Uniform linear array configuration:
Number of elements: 32
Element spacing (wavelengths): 0.75
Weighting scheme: kaiser
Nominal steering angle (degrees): -45
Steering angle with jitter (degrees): -44.098
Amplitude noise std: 0.05
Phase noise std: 0.05

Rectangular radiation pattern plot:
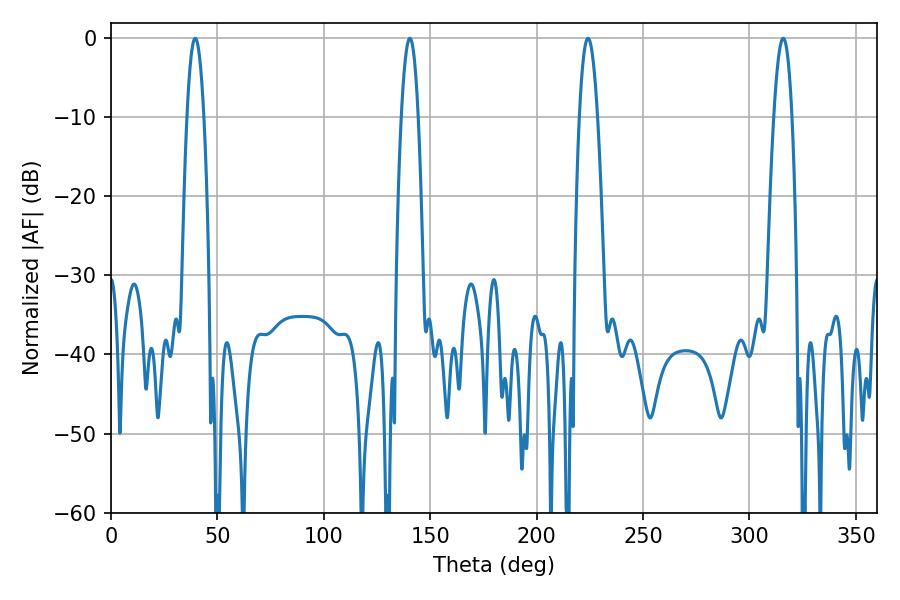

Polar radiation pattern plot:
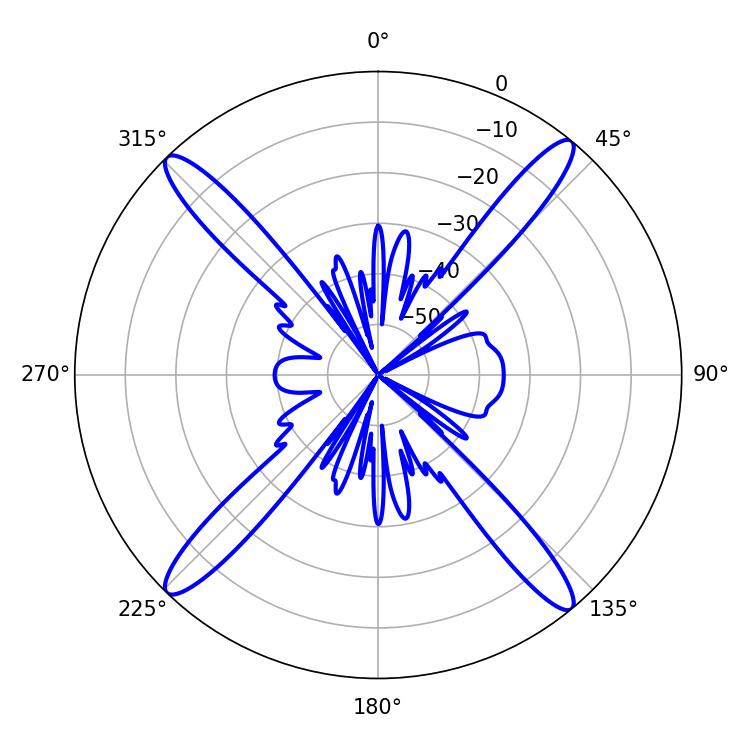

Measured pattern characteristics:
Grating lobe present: TRUE
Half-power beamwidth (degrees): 4.5
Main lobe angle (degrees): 315.9